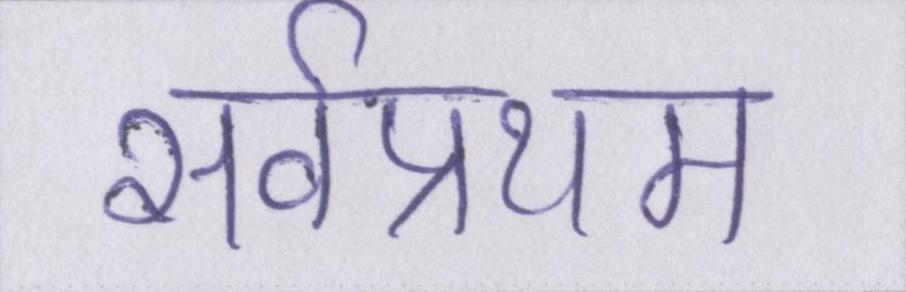
सर्वप्रथम